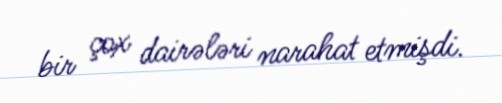
bir çox dairələri narahat etmişdi.